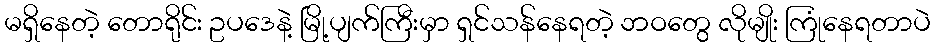
မရှိနေတဲ့ တောရိုင်း ဥပဒေနဲ့ မြို့ပျက်ကြီးမှာ ရှင်သန်နေရတဲ့ ဘဝတွေ လိုမျိုး ကြုံနေရတာပဲ